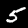
Label: 5